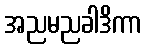
အညမညခါဒိကာ